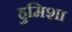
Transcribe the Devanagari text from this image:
हुमिशा